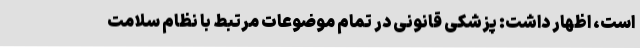
است، اظهار داشت: پزشکی قانونی در تمام موضوعات مرتبط با نظام سلامت